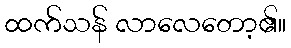
ထက်သန် လာလေတော့၏။